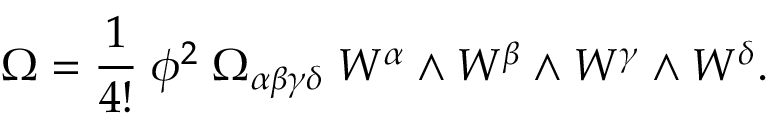
\Omega = \frac { 1 } { 4 ! } \; \phi ^ { 2 } \; \Omega _ { \alpha \beta \gamma \delta } \; W ^ { \alpha } \wedge W ^ { \beta } \wedge W ^ { \gamma } \wedge W ^ { \delta } .